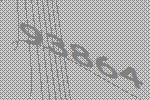
93864